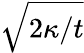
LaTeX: \sqrt{2\kappa/t}